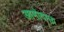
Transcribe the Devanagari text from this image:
आमोदमय